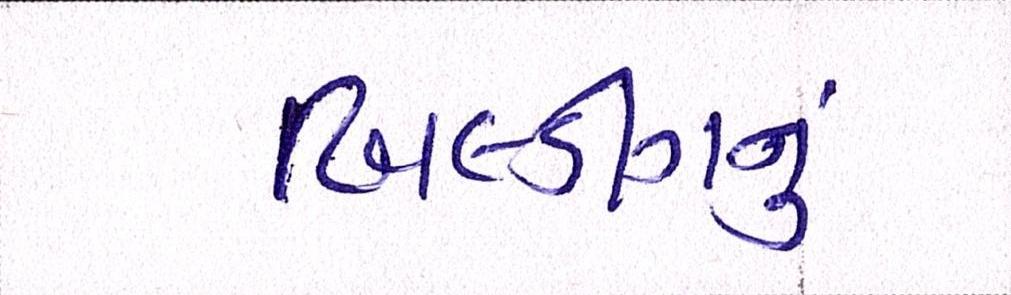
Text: બિલ્ડીંગનું